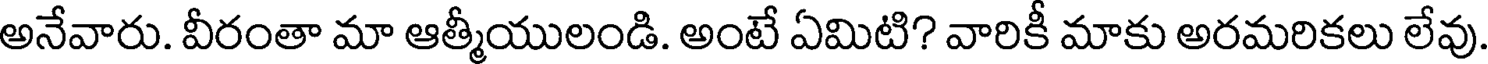
అనేవారు. వీరంతా మా ఆత్మీయులండి. అంటే ఏమిటి? వారికీ మాకు అరమరికలు లేవు